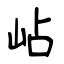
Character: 岾